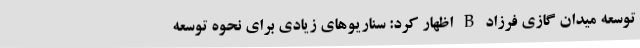
توسعه میدان گازی فرزاد B اظهار کرد: سناریوهای زیادی برای نحوه توسعه